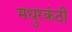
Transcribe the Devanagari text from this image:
मधुरकंठी